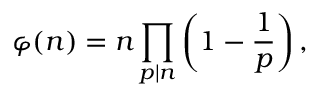
\varphi ( n ) = n \prod _ { p \mid n } \left( 1 - { \frac { 1 } { p } } \right) ,